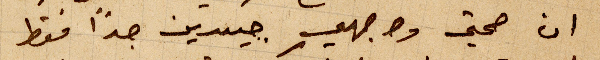
ان صحتي ووجهي جيدين جدًا فقط